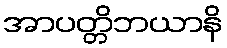
အာပတ္တိဘယာနိ